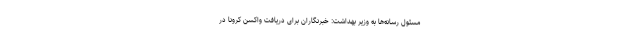
مسئول رسانه‌ها به وزیر بهداشت: خبرنگاران برای دریافت واکسن کرونا در